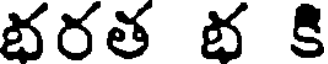
భరత భ కి